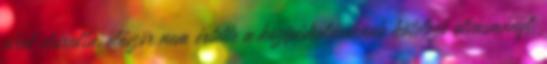
ahol elárulta, először nem értette a középiskolásoknak kötelező olvasmányt,